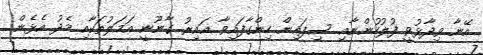
އޭނާ ވިދާޅުވީ ފުލުހުންނާއި ސިފައިން ހިންގާފައިވާ ޣައިރު ގާނޫނީ އަމަލުތަކާއި މެދު އެޅެން